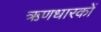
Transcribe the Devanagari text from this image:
ऋणधारकों